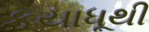
કયાધૂથી